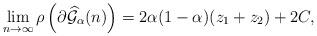
LaTeX: \begin{align*}\lim_{n\to \infty}\rho\left(\partial\widehat{\mathcal{G}}_{\alpha}(n)\right)& = 2\alpha(1-\alpha)(z_1+z_2) + 2C, \end{align*}